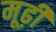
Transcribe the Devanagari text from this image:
मूढ़ी